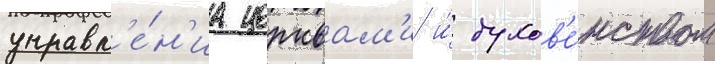
управл'е́н'иа церквам'и и́ духов'е́нством